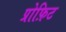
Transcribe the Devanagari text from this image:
प्रोफ़िट